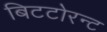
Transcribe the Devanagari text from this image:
बिटटोरन्ट